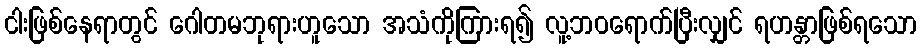
ငါးဖြစ်နေရာတွင် ဂေါတမဘုရားဟူသော အသံကိုကြားရ၍ လူ့ဘဝရောက်ပြီးလျှင် ရဟန္တာဖြစ်ရသော